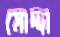
মোদ্দা